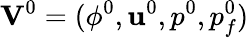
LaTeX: \mathrm{\mathbf V}^{0}=(\phi^{0},{\mathbf u}^{0},p^{0},p_{f}^{0})